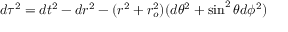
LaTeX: d \tau ^ { 2 } = d t ^ { 2 } - d r ^ { 2 } - ( r ^ { 2 } + r _ { o } ^ { 2 } ) ( d \theta ^ { 2 } + \sin ^ { 2 } \theta d \phi ^ { 2 } )